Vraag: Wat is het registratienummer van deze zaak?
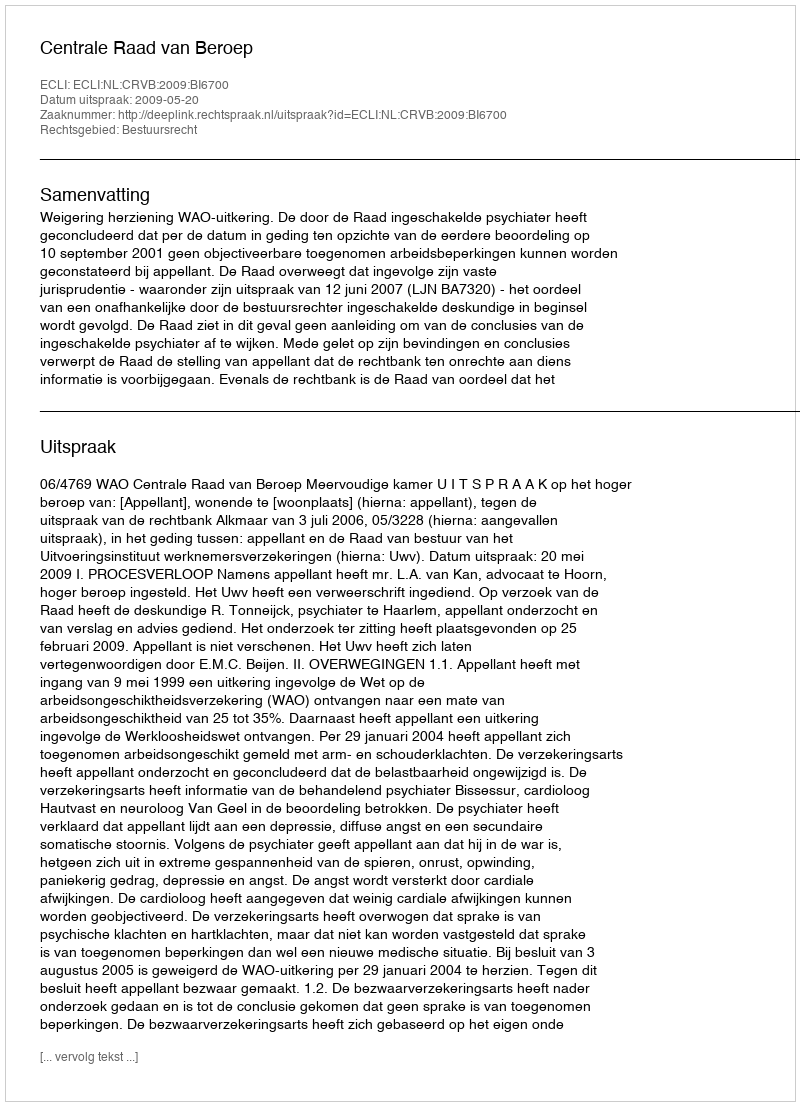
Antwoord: http://deeplink.rechtspraak.nl/uitspraak?id=ECLI:NL:CRVB:2009:BI6700